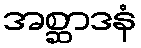
အစ္ဆာဒနံ